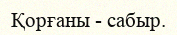
Қорғаны - сабыр.